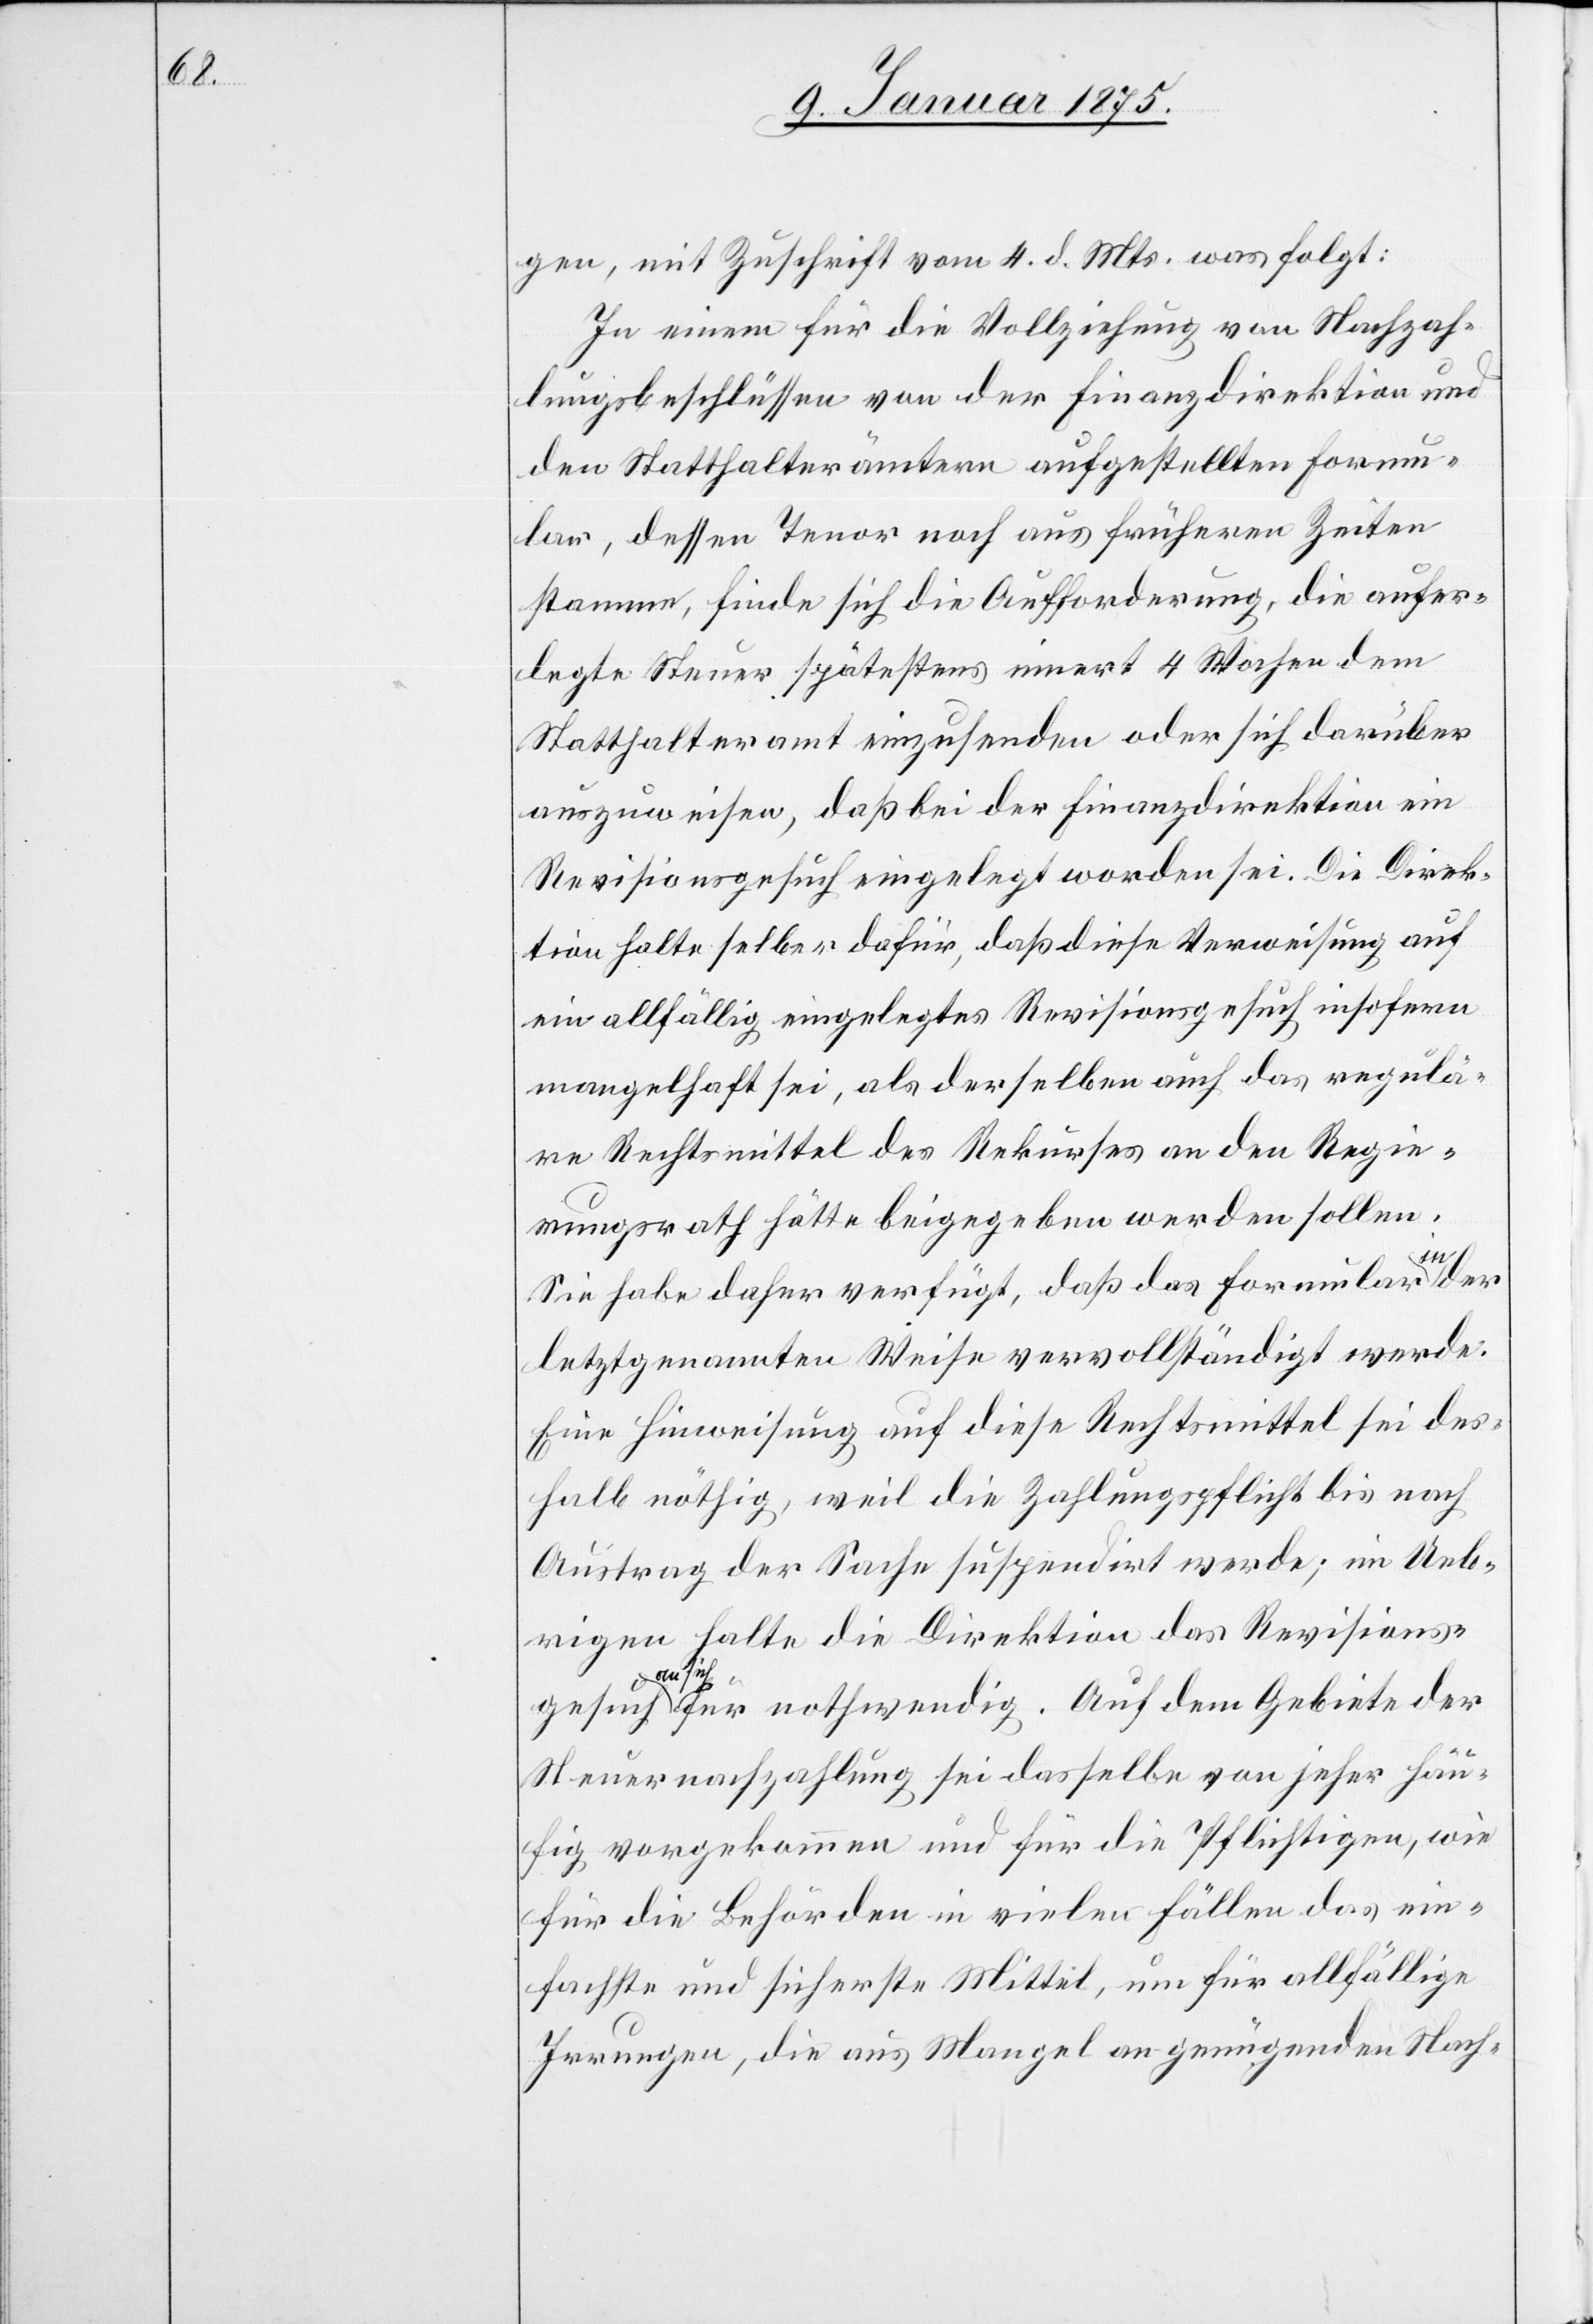
der
gen, mit Zuschrift vom 4. d. Mts. was folgt:
Zu einem für die Vollziehung von Nachzah¬
lungsbeschlüsse von der Finanzdirektion und
den Statthalterämtern aufgestellten Formu¬
lar, dessen Tenor noch aus früheren Zeiten
stammen, finde sich die Aufforderung, die aufer¬
legte Steuer spätestens innert 4 Wochen dem
Statthalteramt einzusenden oder sich darüber
auszuweisen, daß bei der Finanzdirektion ein
Revisionsgesuch eingelegt worden sei. Die Direk¬
tion halte selber dafür, daß diese Verweisung auf
ein allfällig eingelegtes Revisionsgesuch insofern
mangelhaft sei, als derselben auch das regulä¬
re Rechtsmittel des Rekurses an den Regie¬
rungsrath hätte beigegeben werden sollen.
Sie habe daher verfügt, daß das Formular
letztgenannten Weise vervollständigt werde.
Eine Hinweisung auf diese Rechtsmittel sei des¬
halb nöthig, weil die Zahlungspflicht bis nach
Austrag der Sache suspendirt werde; im Ueb¬
rigen halte die Direktion das Revisions¬
gesuch
sich-a für nothwendig. Auf dem Gebiete der
Steuernachzahlung sei dasselbe von jeher häu¬
fig vorgekommen und für die Pflichtigen, wie
für die Behörden in vielen Fällen das ein¬
fachste und sicherste Mittel, um für allfällige
Irrungen, die aus Mangel an genügenden Nach-